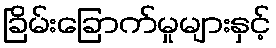
ခြိမ်းခြောက်မှုများနှင့်